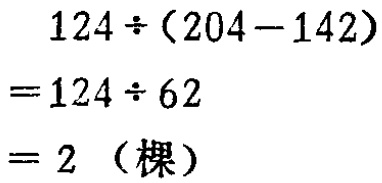
\[
\begin{align*}
&124\div(204 - 142)\\
=&124\div62\\
=&2 \text{（棵）}
\end{align*}
\]